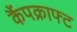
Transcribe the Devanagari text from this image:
कैंपक्राफ्ट